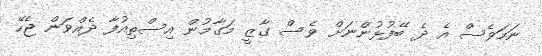
ނަމަވެސް އެ ދެ ބޭފުޅުންނަށް ވެސް ގާޒީ މަގާމުން އިސްތިއުފާ ދެއްވަން ޖެހޭ